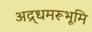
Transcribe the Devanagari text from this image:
अद्र्धमरूभूमि